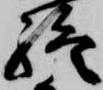
終